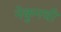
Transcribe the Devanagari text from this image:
नेकुनची